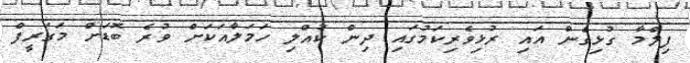
ފިލްމާ ގުޅިގެން އައި ރުޅިވެރިކަމުގައި ދިން ކުއްލި ހަމަލާއަކަށް ވުރެ ބޮޑަށް މަގަރީފް